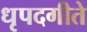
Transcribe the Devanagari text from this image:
धृपदगीते